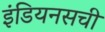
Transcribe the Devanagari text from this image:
इंडियनसची